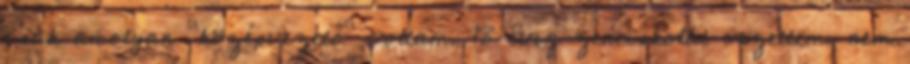
csak amolyan "középvezető" voltam, 18 évig zeneiskolát vezettem, nem